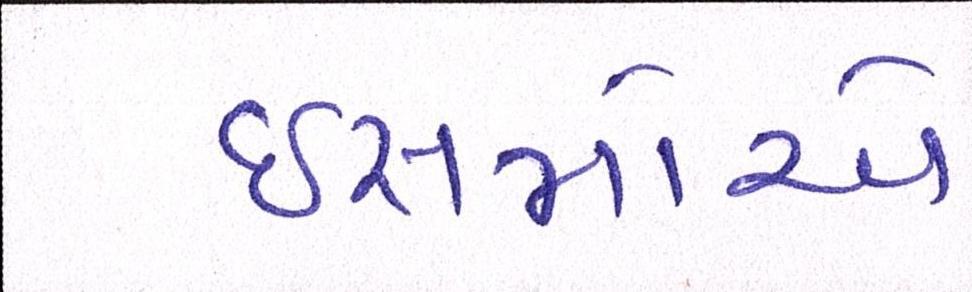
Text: ઈસમોએ